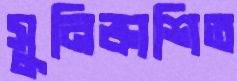
সুনিষ্কাশিত